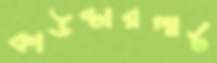
কাউন্টারপার্ট